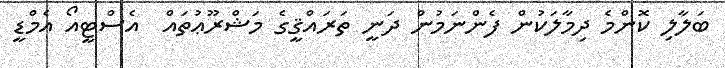
ބަލާލި ކޮންމެ ދިމާލަކުން ފެންނަމުން ދަނީ ތަރައްޤީގެ މަޝްރޫޢުތައް  އެސްޓީއޯ އެމްޑީ